Vital statistics of India. Vol. IV, Annual returns from 1871 to 1876. British Army of India, Native Army and jails of Bengal
Year: 1871
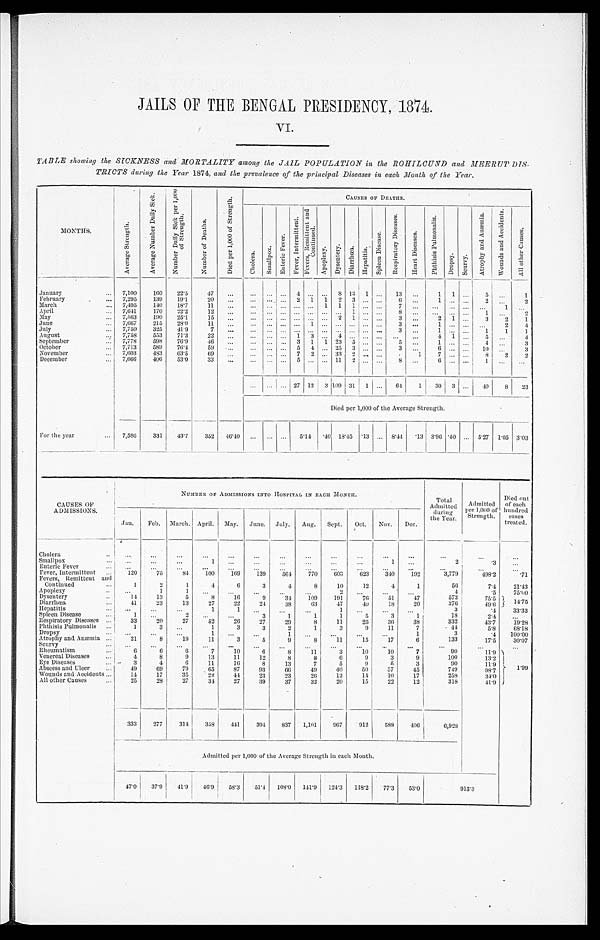
JAILS OF THE BENGAL PRESIDENCY, 1874.
VI.
TABLE showing the SICKNESS and MORTALITY among the JAIL POPULATION in the ROHILCUND and MEERUT DIS-
TRICTS during the Year 1874, and the prevalence of the principal Diseases in each Month of the Year.
MONTHS.
A v e r a g e S t r e n g t h . A v e r a g e N u m b e r D a i l y S i c k .
N u m b e r D a i l y S i c k p e r 1 , 0 0 0 o f S t r e n g t h .
N u m b e r o f D e a t h s . D i e d p e r 1 , 0 0 0 o f S t r e n g t h .
C A U S E S O F D E A T H S .
C h o l e r a . S m a l l p o x
E n t e r i c F e v e r
F e v e r , I n t e r m i t t e n t . F e v e r s , R e m i t t e n t a n d
C o n t i n u e d .
A p o p l e x y . D y s e n t e r y . D i a r r h œ a . H e p a t i t i s . S p l e e n D i s e a s e .
R e s p i r a t o r y D i s e a s e s .
H e a r t D i s e a s e s . P h t h i s i s P u l m o n a l i s .
D r o p s y . S c u r v y .
A t r o p h y a n d A n æ m i a
W o u n d s a n d A c c i d e n t s . A l l o t h e r C a u s e s .
J a n u a r y
7, 100 160 22.5 47
4
8 13 1
13
1 1
5
1
February
7, 295 139 19.1 20
2 1 1 2 3
6
1
2
2
March
7, 495 140 18.7 11
1 1 1
7
1
April
7,641 170 22.2 12
1
8
1
2
May
7, 563 190 25.1 15
2 1
3
2 1
3 2 1
June
7, 667 215 28.0 11
1
3
1
2 4
July
7, 750 325 41.9
7
3
1
1 1 1
August
7, 758 553 71.3 22
1 3
4
4 1
5
4
September
7, 778 598 76.9 46
3 1 1 23 5
5
1
4
3
October
7, 713 589 76.4 59
5 4
2 5 3
3
6
10
3
November
7, 603 483 63.5 69
7 2
3 3 2
1 7
8 2 2
December
7, 666 406 53.0 33
5
11 2
8
6
1
27 12 3 109 31 1
64 1 30 3
40 8 23
Died per 1,000 of the Average Strength.
For the year
7, 586 331 43.7 352 46.40
5.14 .40 18. 45 .13 8.44 . 1 3 3.96 .40 5.27 1.05 3. 03
CAUSES OF
ADMISSIONS.
NUMBER OF ADMISSIONS INTO HOSPITAL IN EACH MONTH.
Total
Admitted during t he Year. Admitted
per 1,000 of
Strength.
Died out
of each
hundred cases
treated.
Jan. Feb. March. April. May. June. July. Aug. Sept. Oct. Nov. Dec.
Cholera
Smallpox
1
1
2
.3
Enteric Fever
Fever, Intermittent
120 75 84 100 169 139 564 770 603 623 340 192
3, 779
4 9 8 . 2
.71
Fevers, Remittent and
Continued
1 2 1 4 6 3 4 8 10 12 4 1
56
7. 4 21. 43
Apoplexy
1
1
2
4
.5 75. 60
Dysentery
14 13 5 8 16 9 34 109 191 76 51 47
5 7 3
75. 5
1 4 . 7 5
Diarrhœa 41 23 13 27 22 24 38 63 47 40 18 20
3 7 6 49. 6
Hepatitis
1 1
1
3
. 4 33. 33
Spleen Disease
1
2
3 1
1 1 5 3 1
1 8
2. 4
Respiratory Diseases
33 20 27 52 26 27 29 8 11 25 36 38
332
43. 7 19. 28
Phthisis Pulmonalis 1 3
1 3 3 2 1 3 9 11 7
.44
5. 8 68. 18
Dropsy
1
1
1
3
.4 100. 00
Atrophy and Anæmia 21 8 19 11 3 5 9 8 11 15 17 6
133
17. 5 30. 07
Scurvy Rheumatism
6 6 6 7 10 6 8 11 3 10 10 7
9 0
11. 9 1 . 9 9
Venereal Diseases
4 8 9 13 11 12 8 8 6 9 3 9
1 0 0 13. 2
Eye Diseases
3 4 6 11 16 8 13 7 5 9
5 3
90
11. 9
Abscess and Ulcer
49 69 79 65 87 93 66 49 40 50 57 45
749
98. 7
Wounds and Accidents
14 17 35 22 44 23 23 26 13 14 10 17
258
34. 0
All other Causes
25 28 27 34 27 39 37 32 20 15 22 12 n
318
41. 9
333 277 314 358 441 394 837 1, 101 967 912 588 406
6, 928
Admi t t ed per 1, 000 of t he Average St rengt h i n each Mont h.
47.0 37. 9 41. 9 46.9 58.3 51.4 108.0 141. 9 124.3 118. 2 77.3 53.0
913.3